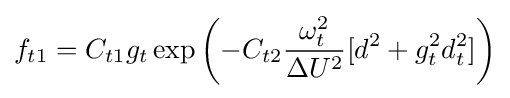
f_{t1}=C_{t1}g_{t}\exp \left(-C_{t2}{\frac {\omega _{t}^{2}}{\Delta U^{2}}}[d^{2}+g_{t}^{2}d_{t}^{2}]\right)